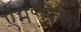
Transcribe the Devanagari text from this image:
एम॰फ़िल॰